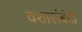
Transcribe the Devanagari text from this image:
वंशासंबंधी